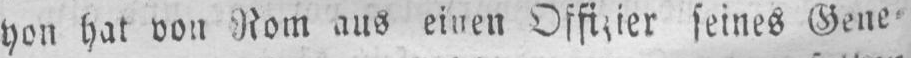
seines Gene⸗